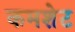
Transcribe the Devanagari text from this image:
कमशेट